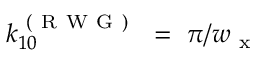
k _ { 1 0 } ^ { \mathrm { ~ ( ~ R ~ W ~ G ~ ) ~ } } ~ = ~ \pi / w _ { \mathrm { ~ x ~ } }